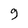
Character: 9